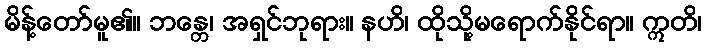
မိန့်တော်မူ၏။ ဘန္တေ၊ အရှင်ဘုရား။ နဟိ၊ ထိုသို့မရောက်နိုင်ရာ။ ဣတိ၊